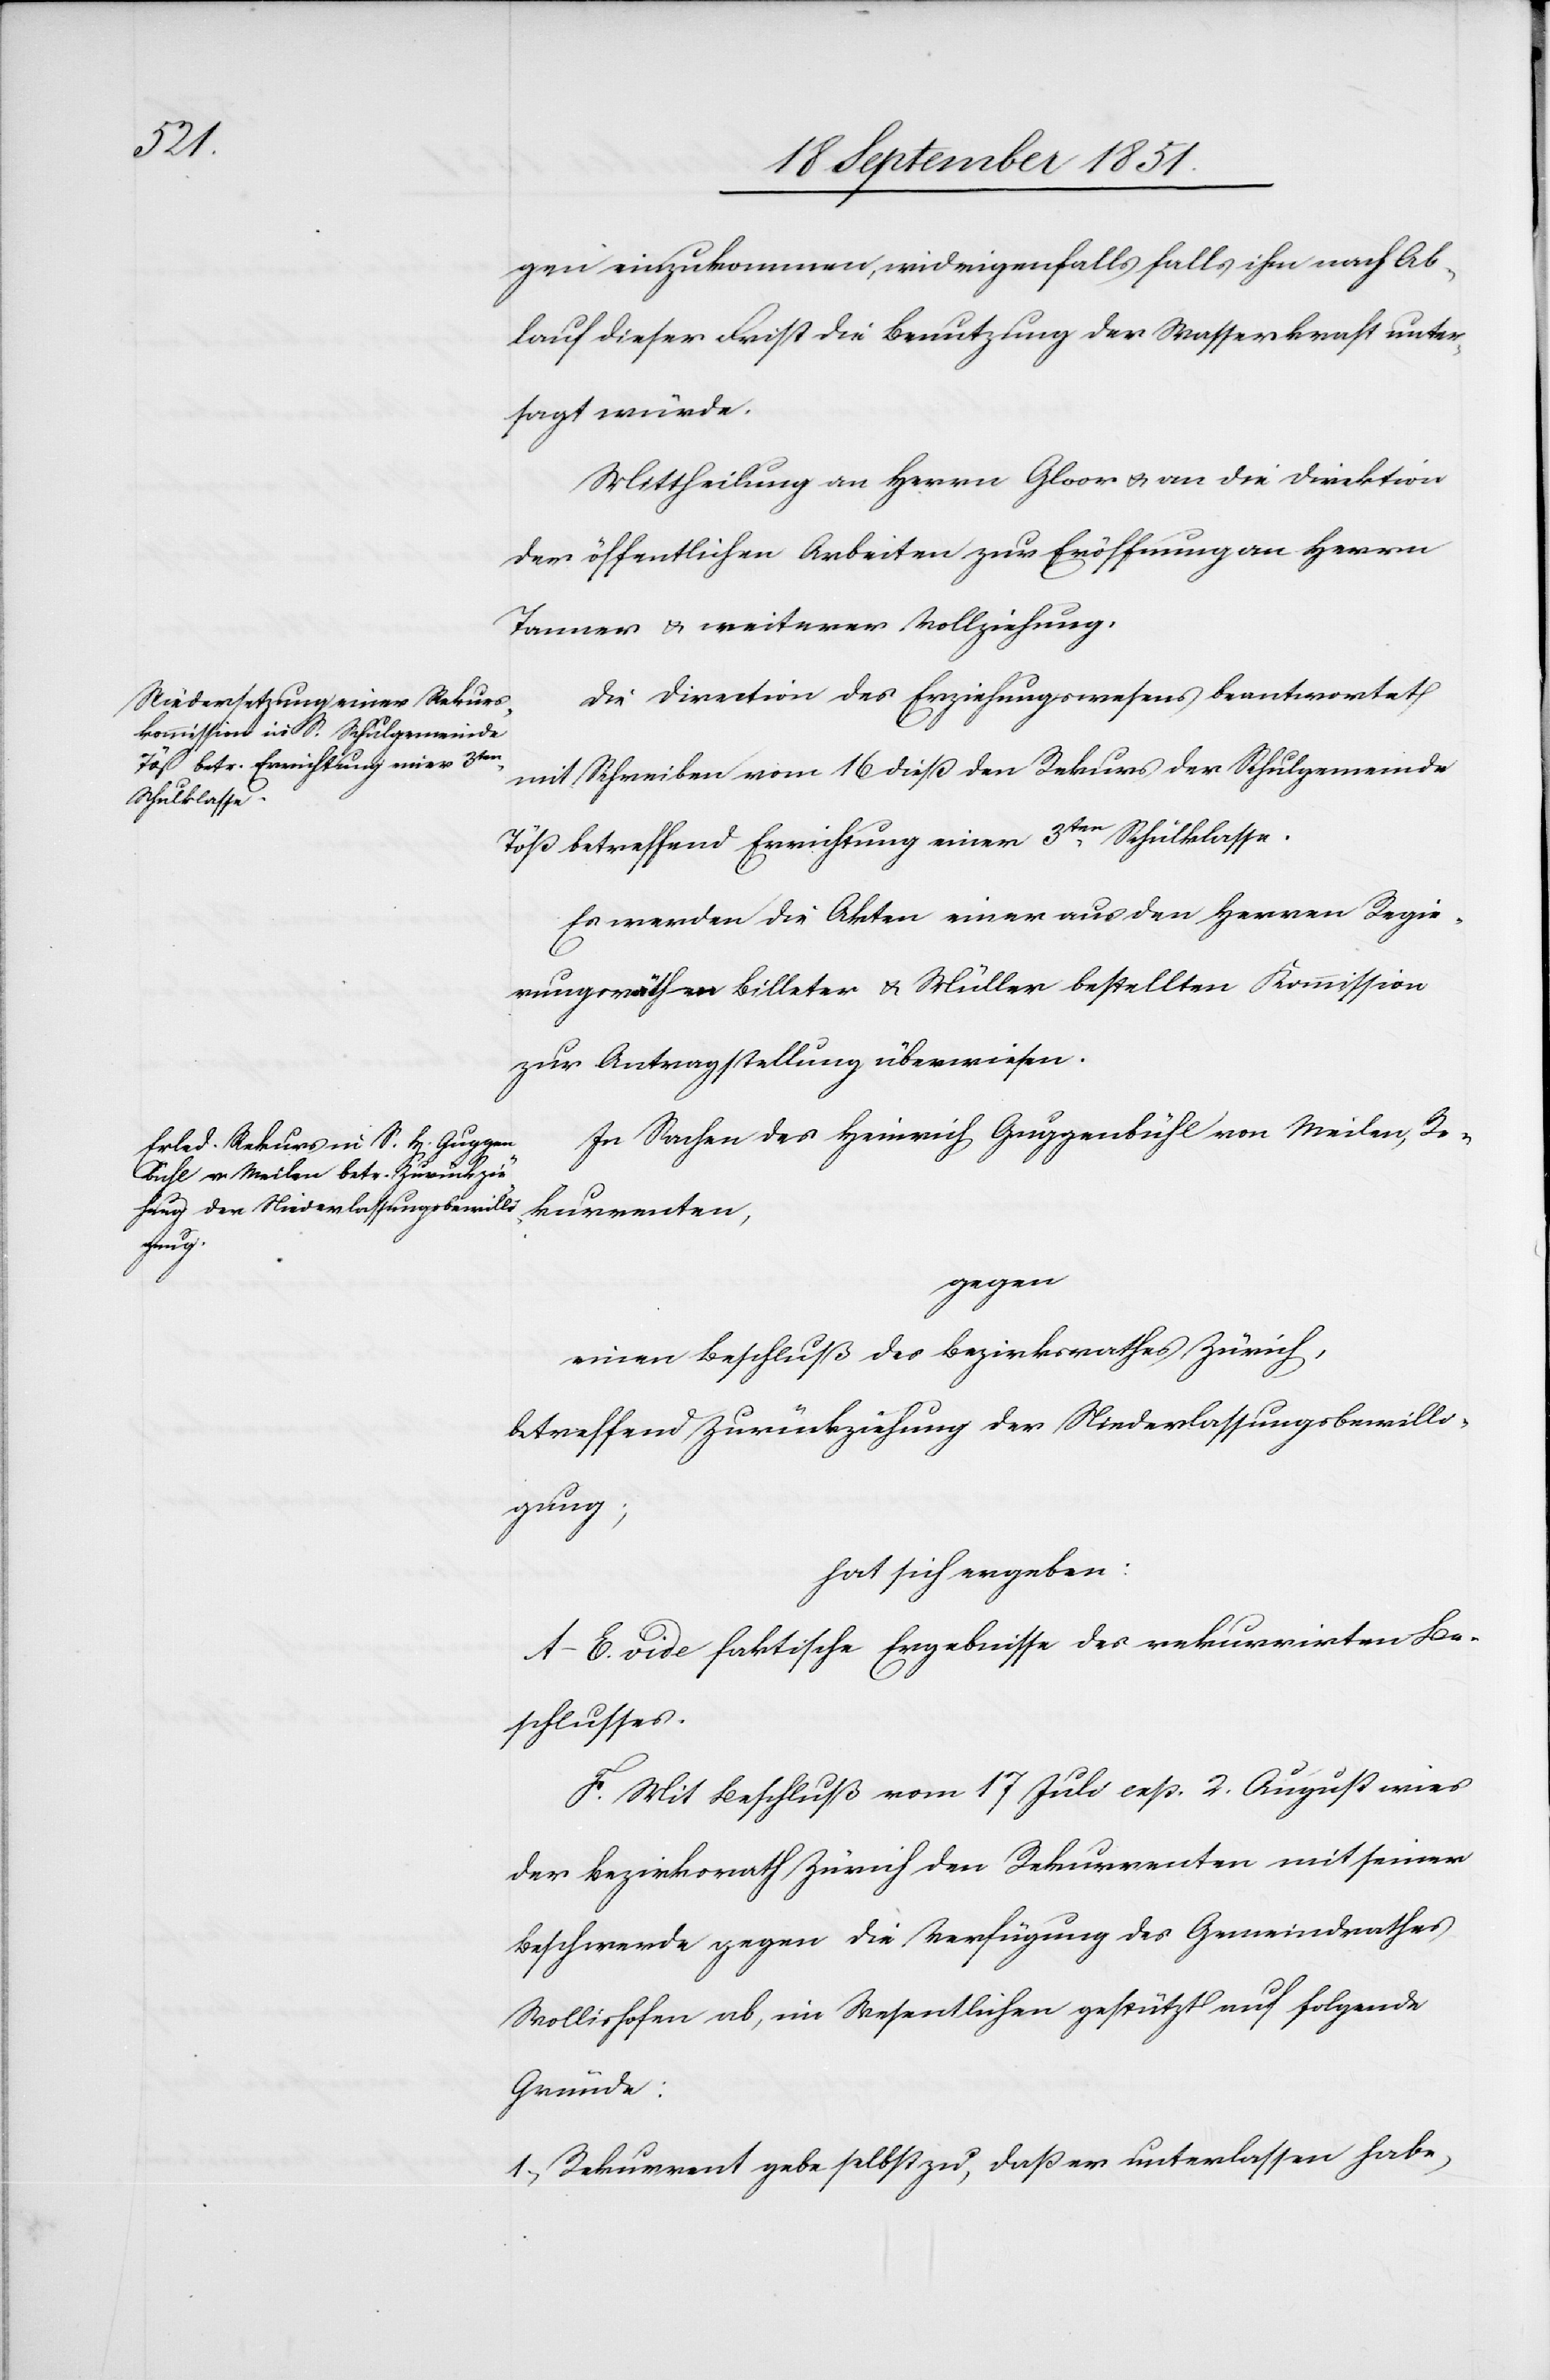
gen einzukommen, widrigenfalls falls [sic!] ihm nach Ab¬
lauf dieser Frist die Benutzung der Wasserkraft unter¬
sagt würde.
Mittheilung an Herrn Gloor & an die Direktion
der öffentlichen Arbeiten zur Eröffnung an Herrn
Tanner & weiterer Vollziehung.
Die Direction des Erziehungswesens beantwortet
mit Schreiben vom 16 dieß den Rekurs der Schulgemeinde
Töß betreffend Errichtung einer 3ten Schulklasse.
Es werden die Akten einer aus den Herren Regie¬
rungsräthen Billeter & Müller bestellten Kommission
zur Antragstellung überwiesen.
In Sachen des Heinrich Guggenbühl von Meilen, Re¬
kurrenten,
gegen
einen Beschluß des Bezirksrathes Zürich,
betreffend Zurückziehung der Niederlassungsbewilli¬
gung;
hat sich ergeben:
A–E. vide faktische Ergebnisse des rekurrirten Be¬
schlusses.
F. Mit Beschluß vom 17 Juli exp. 2. August wies
der Bezirksrath Zürich den Rekurrenten mit seiner
Beschwerde gegen die Verfügung des Gemeindrathes
Wollishofen ab, im Wesentlichen gestützt auf folgende
Gründe:
Rekurrent gebe selbst zu, daß er unterlassen habe,